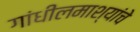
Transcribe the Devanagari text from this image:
गांधीलमाश्यांचे